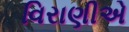
વિરાણીએ